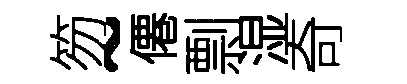
笏~僊剽湿奇